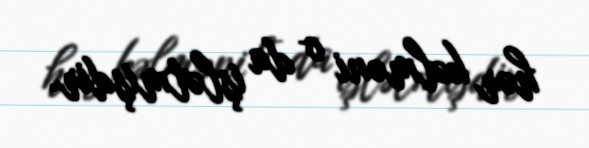
hər kəlməni o da işlətmişdir.